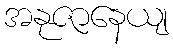
အနုဇာနေယျ